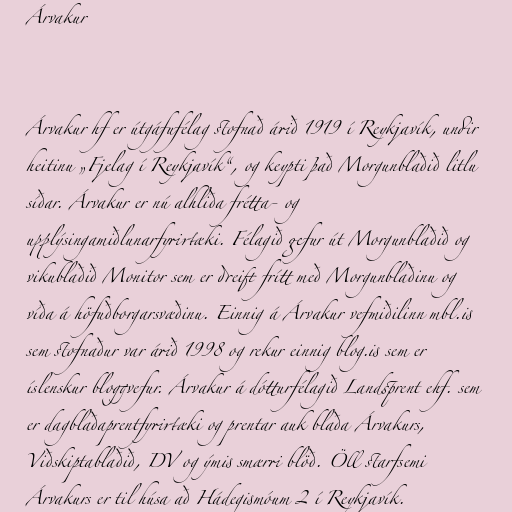
Árvakur

Árvakur hf er útgáfufélag stofnað árið 1919 í Reykjavík, undir
heitinu „Fjelag í Reykjavík“, og keypti það Morgunblaðið litlu
síðar. Árvakur er nú alhliða frétta- og
upplýsingamiðlunarfyrirtæki. Félagið gefur út Morgunblaðið og
vikublaðið Monitor sem er dreift frítt með Morgunblaðinu og
víða á höfuðborgarsvæðinu. Einnig á Árvakur vefmiðilinn mbl.is
sem stofnaður var árið 1998 og rekur einnig blog.is sem er
íslenskur bloggvefur. Árvakur á dótturfélagið Landsprent ehf. sem
er dagblaðaprentfyrirtæki og prentar auk blaða Árvakurs,
Viðskiptablaðið, DV og ýmis smærri blöð. Öll starfsemi
Árvakurs er til húsa að Hádegismóum 2 í Reykjavík.